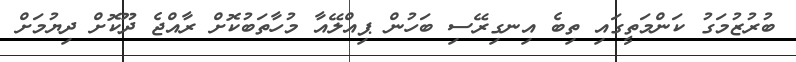
ބުރުޒުމަގު ކަންމަތީގައި ތިބެ އިނގިރޭސި ބަހުން ޕިއްލޭއާ މުހާތަބުކޮށް ރާއްޖެ ދޫކޮށް ދިޔުމަށް